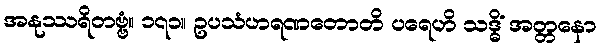
အနုဿရိတဗ္ဗံ။ ၁၇၁။ ဥပသံဟရဏတောတိ ပရေဟိ သဒ္ဓိံ အတ္တနော